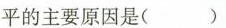
平的主要原因是（）